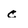
Character: c